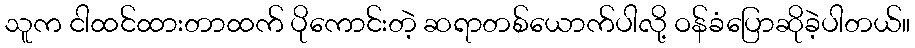
သူက ငါထင်ထားတာထက် ပိုကောင်းတဲ့ ဆရာတစ်ယောက်ပါလို့ ဝန်ခံပြောဆိုခဲ့ပါတယ်။